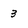
Character: 3